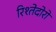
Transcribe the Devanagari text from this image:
रिश्तेदोरों